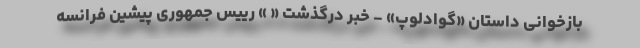
بازخوانی داستان «گوادلوپ» - خبر درگذشت « » رییس جمهوری پیشین فرانسه